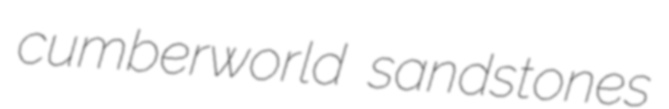
cumberworld sandstones